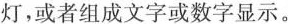
灯，或者组成文字或数字显示。